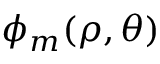
\phi _ { m } ( \rho , \theta )